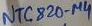
Text: NTC820-µ4